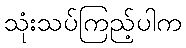
သုံးသပ်ကြည့်ပါက